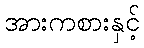
အားကစားနှင့်